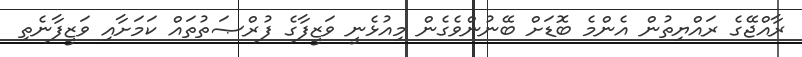
ރާއްޖޭގެ ރައްޔިތުން އެންމެ ބޮޑަށް ބޭނުންވެގެން މިއުޅެނީ ވަޒީފާގެ ފުރްޞަތުތައް ކަމަށާއި ވަޒީފާނެތި